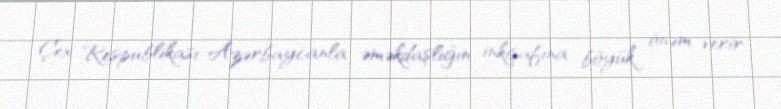
Çex Respublikası Azərbaycanla əməkdaşlığın inkişafına böyük önəm verir.